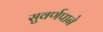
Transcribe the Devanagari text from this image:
सुवर्णपाने